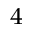
^ 4